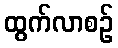
ထွက်လာစဉ်